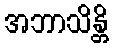
အဘာသိန္တိ